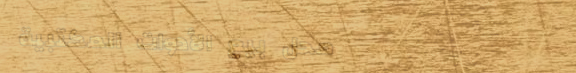
محل بيع الأدوات المكتبية